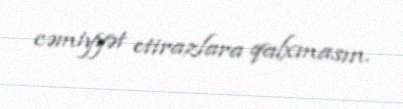
cəmiyyət etirazlara qalxmasın.